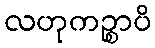
လဟုကဉ္စာပိ